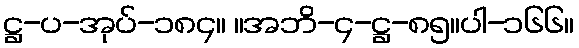
ဋ္ဌ-ပ-အုပ်-၁၈၄။ ။အဘိ-၄-ဋ္ဌ-၈၅။ပါ-၁၆၆။